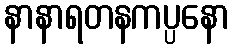
နာနာရတနကပ္ပနော